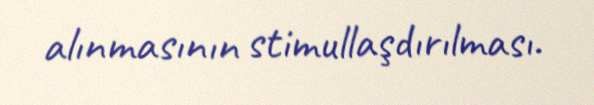
alınmasının stimullaşdırılması.